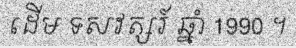
ដើម ទសវត្សរ៍ ឆ្នាំ 1990 ។